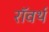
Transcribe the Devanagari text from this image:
रॉवर्थ